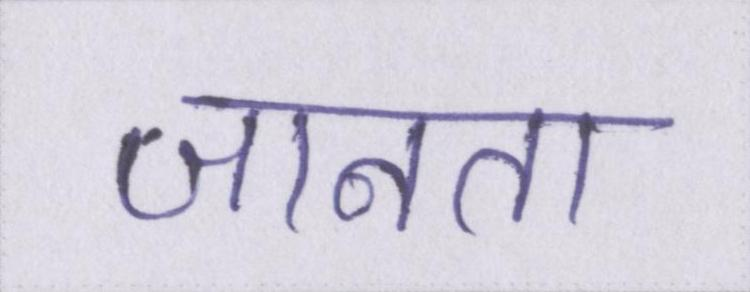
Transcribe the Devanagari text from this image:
जानता